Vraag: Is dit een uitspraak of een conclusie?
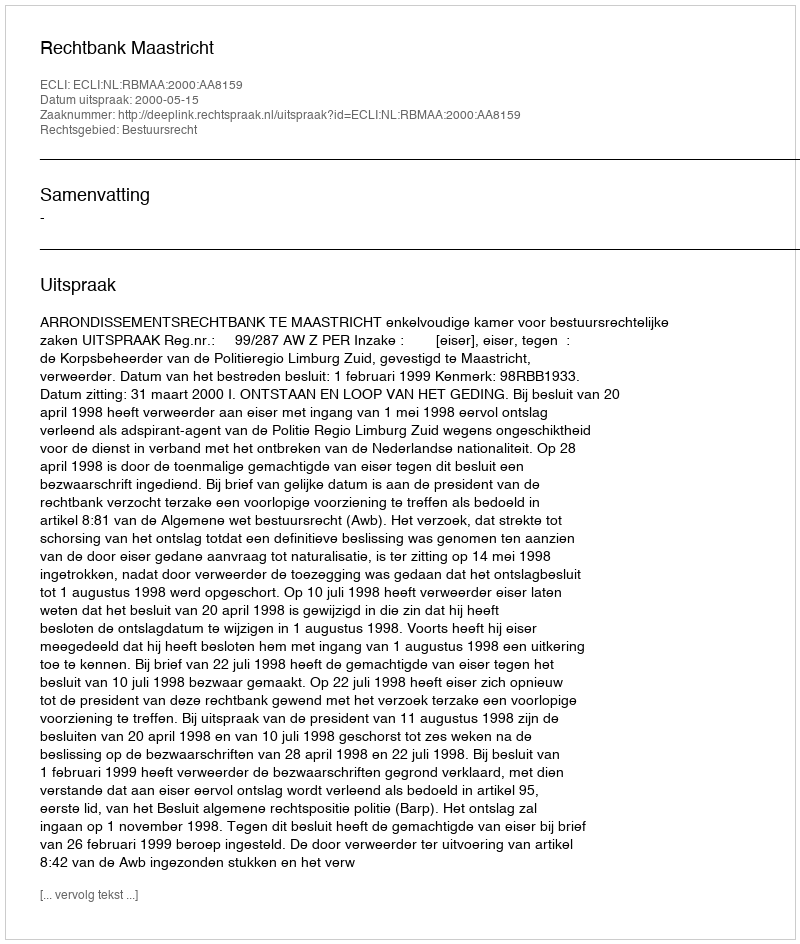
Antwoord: Uitspraak